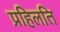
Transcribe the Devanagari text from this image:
प्रहिलति